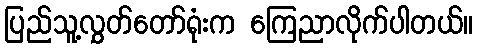
ပြည်သူ့လွှတ်တော်ရုံးက ကြေညာလိုက်ပါတယ်။